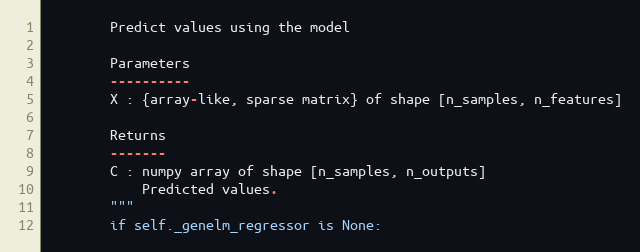
Language: Python
        Predict values using the model

        Parameters
        ----------
        X : {array-like, sparse matrix} of shape [n_samples, n_features]

        Returns
        -------
        C : numpy array of shape [n_samples, n_outputs]
            Predicted values.
        """
        if self._genelm_regressor is None: